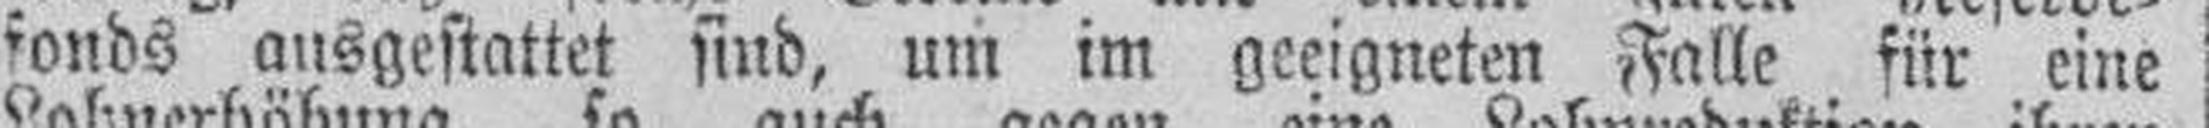
fonds ausgestattet sind, um im geeigneten Falle für eine